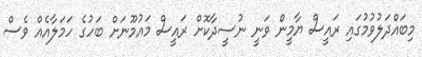
މިބައްދަލުވުމުގައި ރައީސް ޔާމީން ވަނީ ނުސީދާކޮށް ރައީސް މައުމޫނަށް ބަހުގެ ހަމަލާއެއް ވެސް